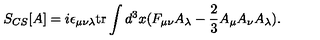
S _ { C S } [ A ] = i \epsilon _ { \mu \nu \lambda } \mathrm { t r } \int d ^ { 3 } x ( F _ { \mu \nu } A _ { \lambda } - \frac { 2 } { 3 } A _ { \mu } A _ { \nu } A _ { \lambda } ) .